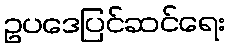
ဥပဒေပြင်ဆင်ရေး